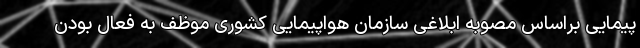
پیمایی براساس مصوبه ابلاغی سازمان هواپیمایی کشوری موظف به فعال بودن